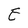
Character: E